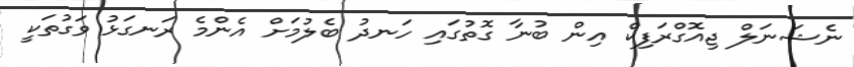
ނެޝަނަލް ޖިއޮގްރަފިކް އިން ބުނާ ގޮތުގައި ހަނދު ބެލުމަށް އެންމެ ރަނގަޅު ވަގުތަކީ